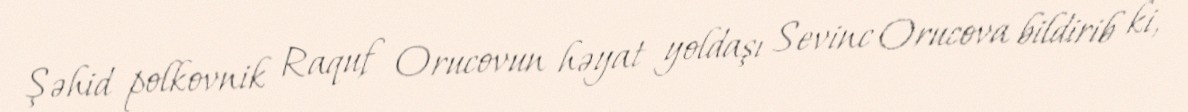
Şəhid polkovnik Raquf Orucovun həyat yoldaşı Sevinc Orucova bildirib ki,